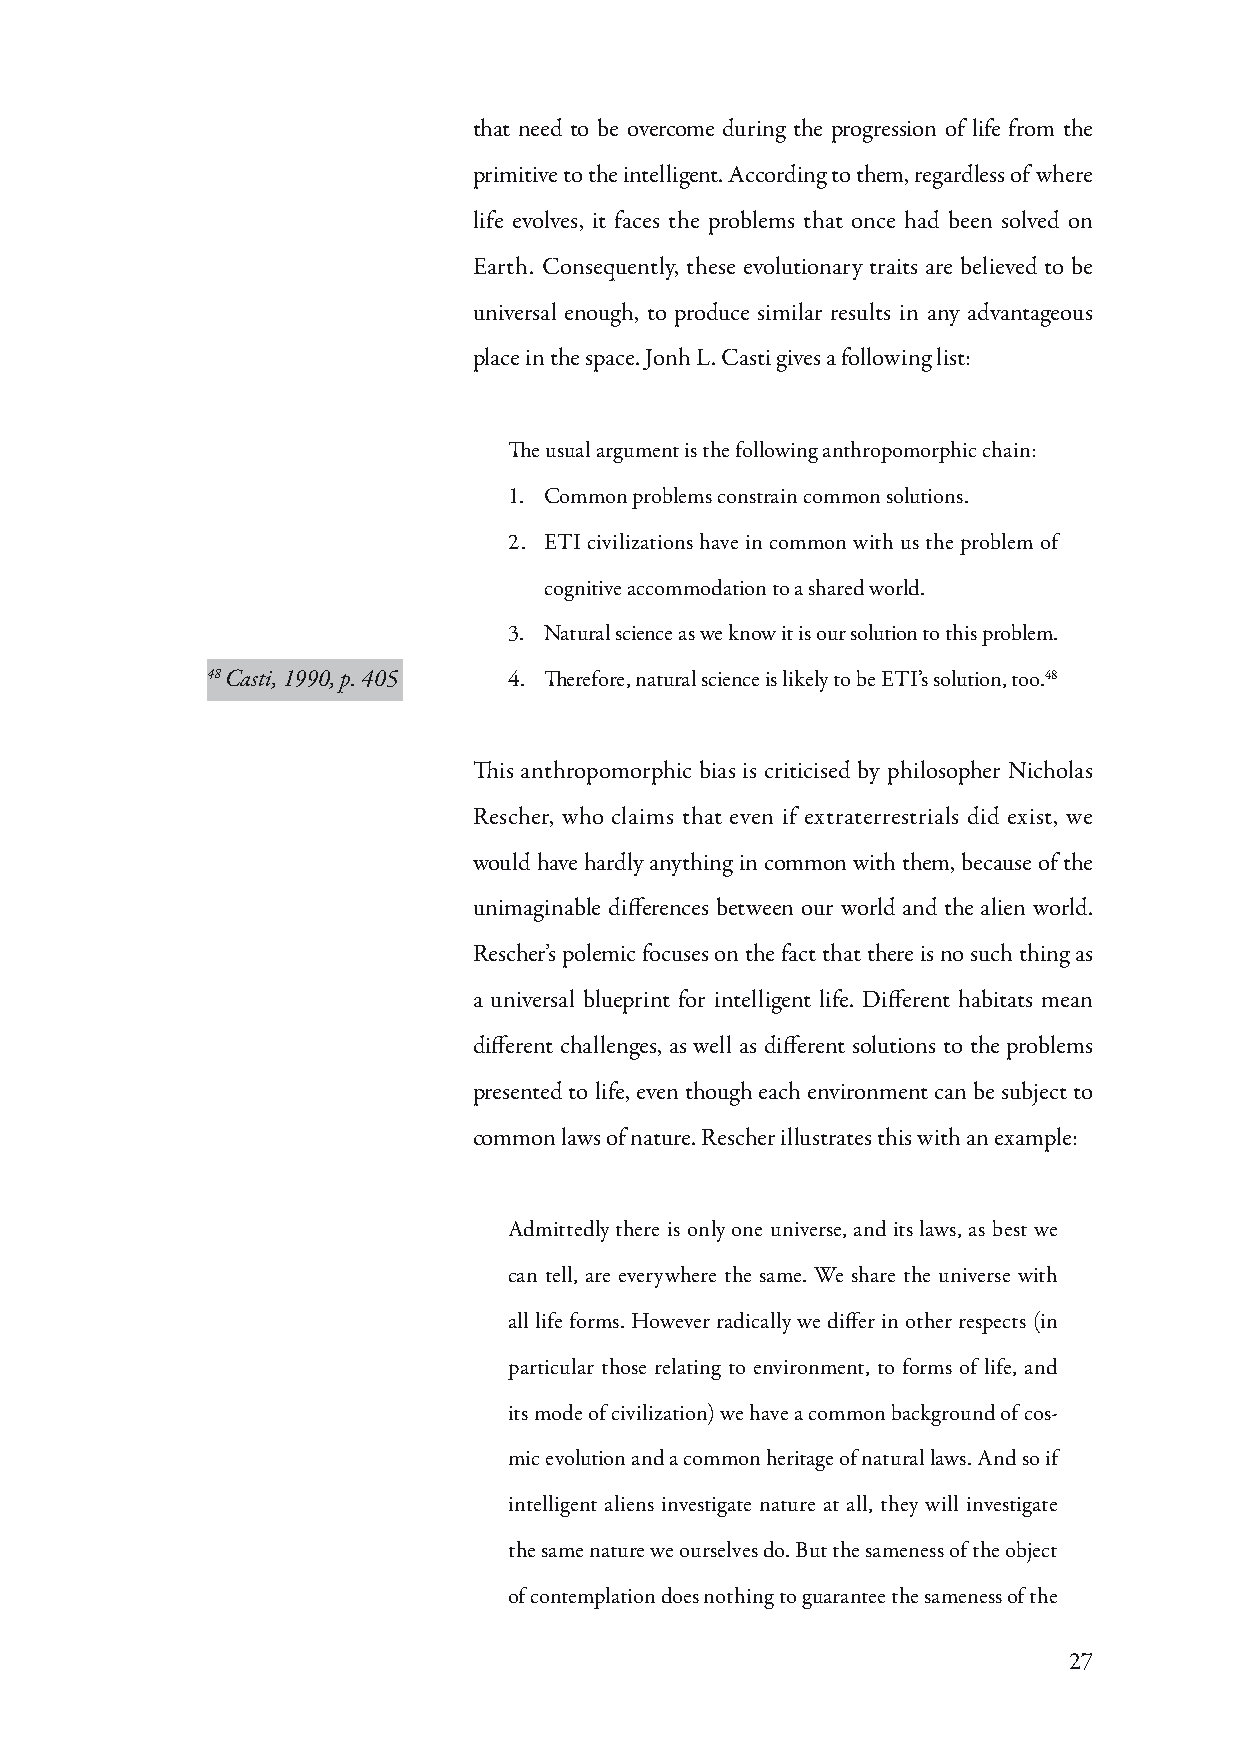
that need to be overcome during the progression of life from the
 primitive to the intelligent. According to them, regardless of where
 life evolves, it faces the problems that once had been solved on
 Earth. Consequently, these evolutionary traits are believed to be
 universal enough, to produce similar results in any advantageous
 place in the space. Jonh L. Casti gives a following list:
 The usual argument is the following anthropomorphic chain:
 1. Common problems constrain common solutions.
 2. ETI civilizations have in common with us the problem of
 cognitive accommodation to a shared world.
 3. Natural science as we know it is our solution to this problem.
 48 Casti, 1990, p. 405 4. Therefore, natural science is likely to be ETI’s solution, too.48
 This anthropomorphic bias is criticised by philosopher Nicholas
 Rescher, who claims that even if extraterrestrials did exist, we
 would have hardly anything in common with them, because of the
 unimaginable differences between our world and the alien world.
 Rescher’s polemic focuses on the fact that there is no such thing as
 a universal blueprint for intelligent life. Different habitats mean
 different challenges, as well as different solutions to the problems
 presented to life, even though each environment can be subject to
 common laws of nature. Rescher illustrates this with an example:
 Admittedly there is only one universe, and its laws, as best we
 can tell, are everywhere the same. We share the universe with
 all life forms. However radically we differ in other respects (in
 particular those relating to environment, to forms of life, and
 its mode of civilization) we have a common background of cos-
 mic evolution and a common heritage of natural laws. And so if
 intelligent aliens investigate nature at all, they will investigate
 the same nature we ourselves do. But the sameness of the object
 of contemplation does nothing to guarantee the sameness of the
 27